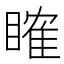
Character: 𥉑